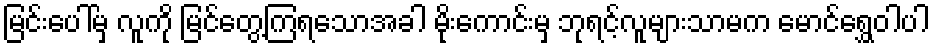
မြင်းပေါ်မှ လူကို မြင်တွေ့ကြရသောအခါ မိုးကောင်းမှ ဘုရင့်လူများသာမက မောင်ရွှေဝါပါ